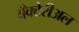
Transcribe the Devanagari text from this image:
बँक्टेरीअल